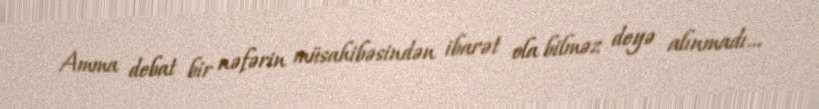
Amma debat bir nəfərin müsahibəsindən ibarət ola bilməz deyə alınmadı...